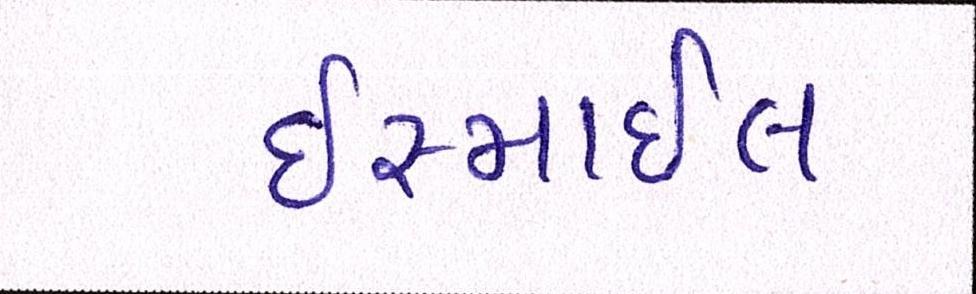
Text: ઈસ્માઈલ